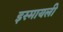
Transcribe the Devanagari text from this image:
इस्मायली